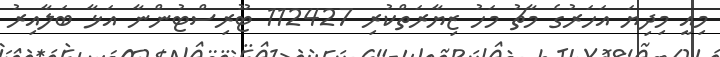
މިއީ މިދިޔަ އަހަރުގެ މާޗު މަހު ޒިޔާރަތްކުރި 112427 ޓޫރިސްޓުންނާ އަޅާ ބަލާއިރު